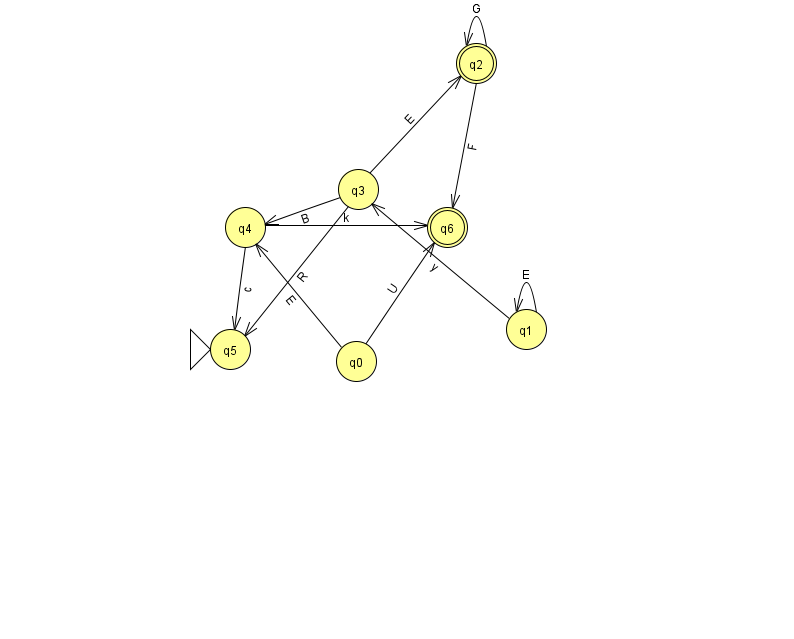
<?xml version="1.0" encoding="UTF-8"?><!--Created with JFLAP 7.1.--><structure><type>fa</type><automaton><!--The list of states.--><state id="0" name="q0"><x>356.0</x><y>348.0</y></state><state id="1" name="q1"><x>526.0</x><y>316.0</y></state><state id="2" name="q2"><x>476.0</x><y>50.0</y><final/></state><state id="3" name="q3"><x>358.0</x><y>176.0</y></state><state id="4" name="q4"><x>245.0</x><y>214.0</y></state><state id="5" name="q5"><x>230.0</x><y>336.0</y><initial/></state><state id="6" name="q6"><x>447.0</x><y>214.0</y><final/></state><!--The list of transitions.--><transition><from>3</from><to>4</to><read>B</read></transition><transition><from>4</from><to>5</to><read>c</read></transition><transition><from>3</from><to>5</to><read>R</read></transition><transition><from>0</from><to>4</to><read>E</read></transition><transition><from>1</from><to>1</to><read>E</read></transition><transition><from>0</from><to>6</to><read>U</read></transition><transition><from>2</from><to>2</to><read>G</read></transition><transition><from>4</from><to>6</to><read>k</read></transition><transition><from>1</from><to>3</to><read>y</read></transition><transition><from>3</from><to>2</to><read>E</read></transition><transition><from>2</from><to>6</to><read>F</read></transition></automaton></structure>